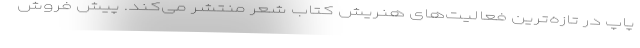
پاپ در تازه‌ترین فعالیت‌های هنریش کتاب شعر منتشر می‌کند. پیش فروش